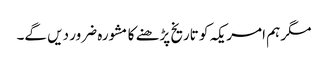
مگر ہم امریکہ کو تاریخ پڑھنے کا مشورہ ضرور دیں گے۔